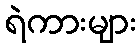
ရဲကားများ